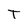
Character: T